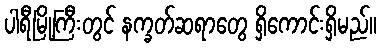
ပါရီမြို့ကြီးတွင် နက္ခတ်ဆရာတွေ ရှိကောင်းရှိမည်။